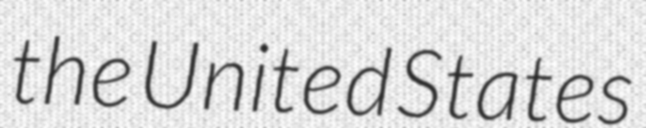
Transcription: the United States